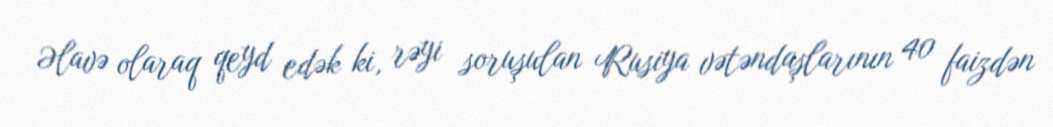
Əlavə olaraq qeyd edək ki, rəyi soruşulan Rusiya vətəndaşlarının 40 faizdən